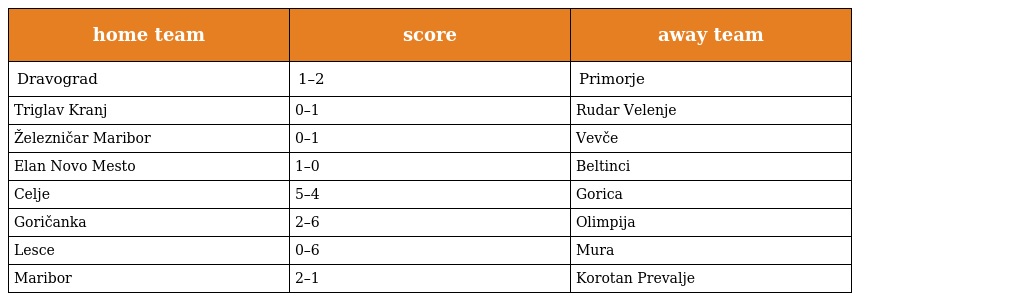
| home team | score | away team |
 | --- | --- | --- |
 | Dravograd | 1–2 | Primorje |
 | Triglav Kranj | 0–1 | Rudar Velenje |
 | Železničar Maribor | 0–1 | Vevče |
 | Elan Novo Mesto | 1–0 | Beltinci |
 | Celje | 5–4 | Gorica |
 | Goričanka | 2–6 | Olimpija |
 | Lesce | 0–6 | Mura |
 | Maribor | 2–1 | Korotan Prevalje |